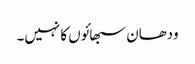
ودھان سبھائوں کا نہیں۔